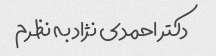
دکتر احمدی نژاد به نظرم